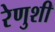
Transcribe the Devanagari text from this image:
रेणुशी